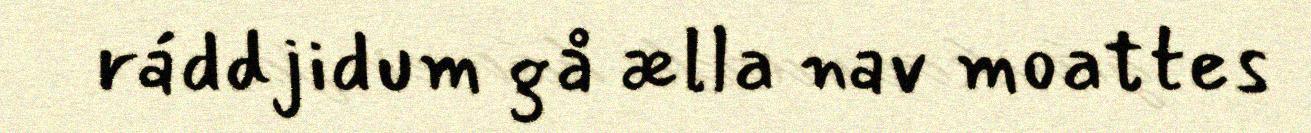
ráddjidum gå ælla nav moattes